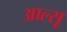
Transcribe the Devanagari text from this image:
आल्सू